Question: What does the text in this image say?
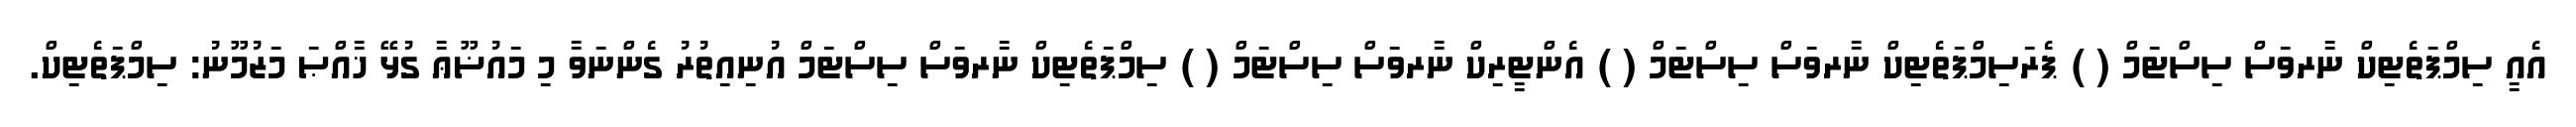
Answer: އެއީ ސިމްޕަތެޓިކް ނާރވަސް ސިސްޓަމް ( ) ޕެރަސިމްޕަތެޓިކް ނާރވަސް ސިސްޓަމް ( ) އެންޓީރިކް ނާރވަސް ސިސްޓަމް ( ) ސިމްޕަތެޓިކް ނާރވަސް ސިސްޓަމް އުނިއިތުރު ގެންނަވާ މި މައުޟޫޢާ ގުޅޭ ޚާއްޞަ މަޒުމޫނު: ސިމްޕަތެޓިކް.